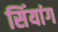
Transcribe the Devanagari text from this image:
सिंयांग